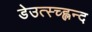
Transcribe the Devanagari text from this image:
डेउत्स्च्ह्लन्द